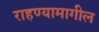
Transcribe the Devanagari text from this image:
राहण्यामागील